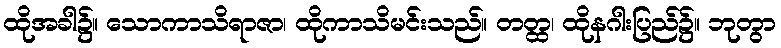
ထိုအခါ၌။ သောကာသိရာဇာ၊ ထိုကာသိမင်းသည်။ တတ္ထ၊ ထိုနဂါးပြည်၌။ ဘုတွာ